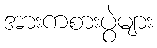
အားကစားပွဲများ